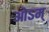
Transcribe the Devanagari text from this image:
ओऽम्‌